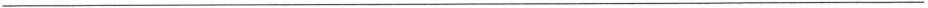
___